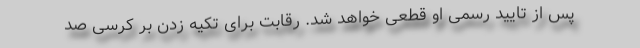
پس از تایید رسمی او قطعی خواهد شد. رقابت برای تکیه زدن بر کرسی صد